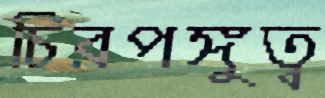
চিরপঙ্গুত্ব